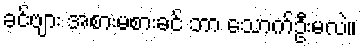
ခင်ဗျား အစားမစားခင် ဘာ သောက်ဦးမလဲ။